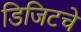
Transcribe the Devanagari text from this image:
डिजिटचे